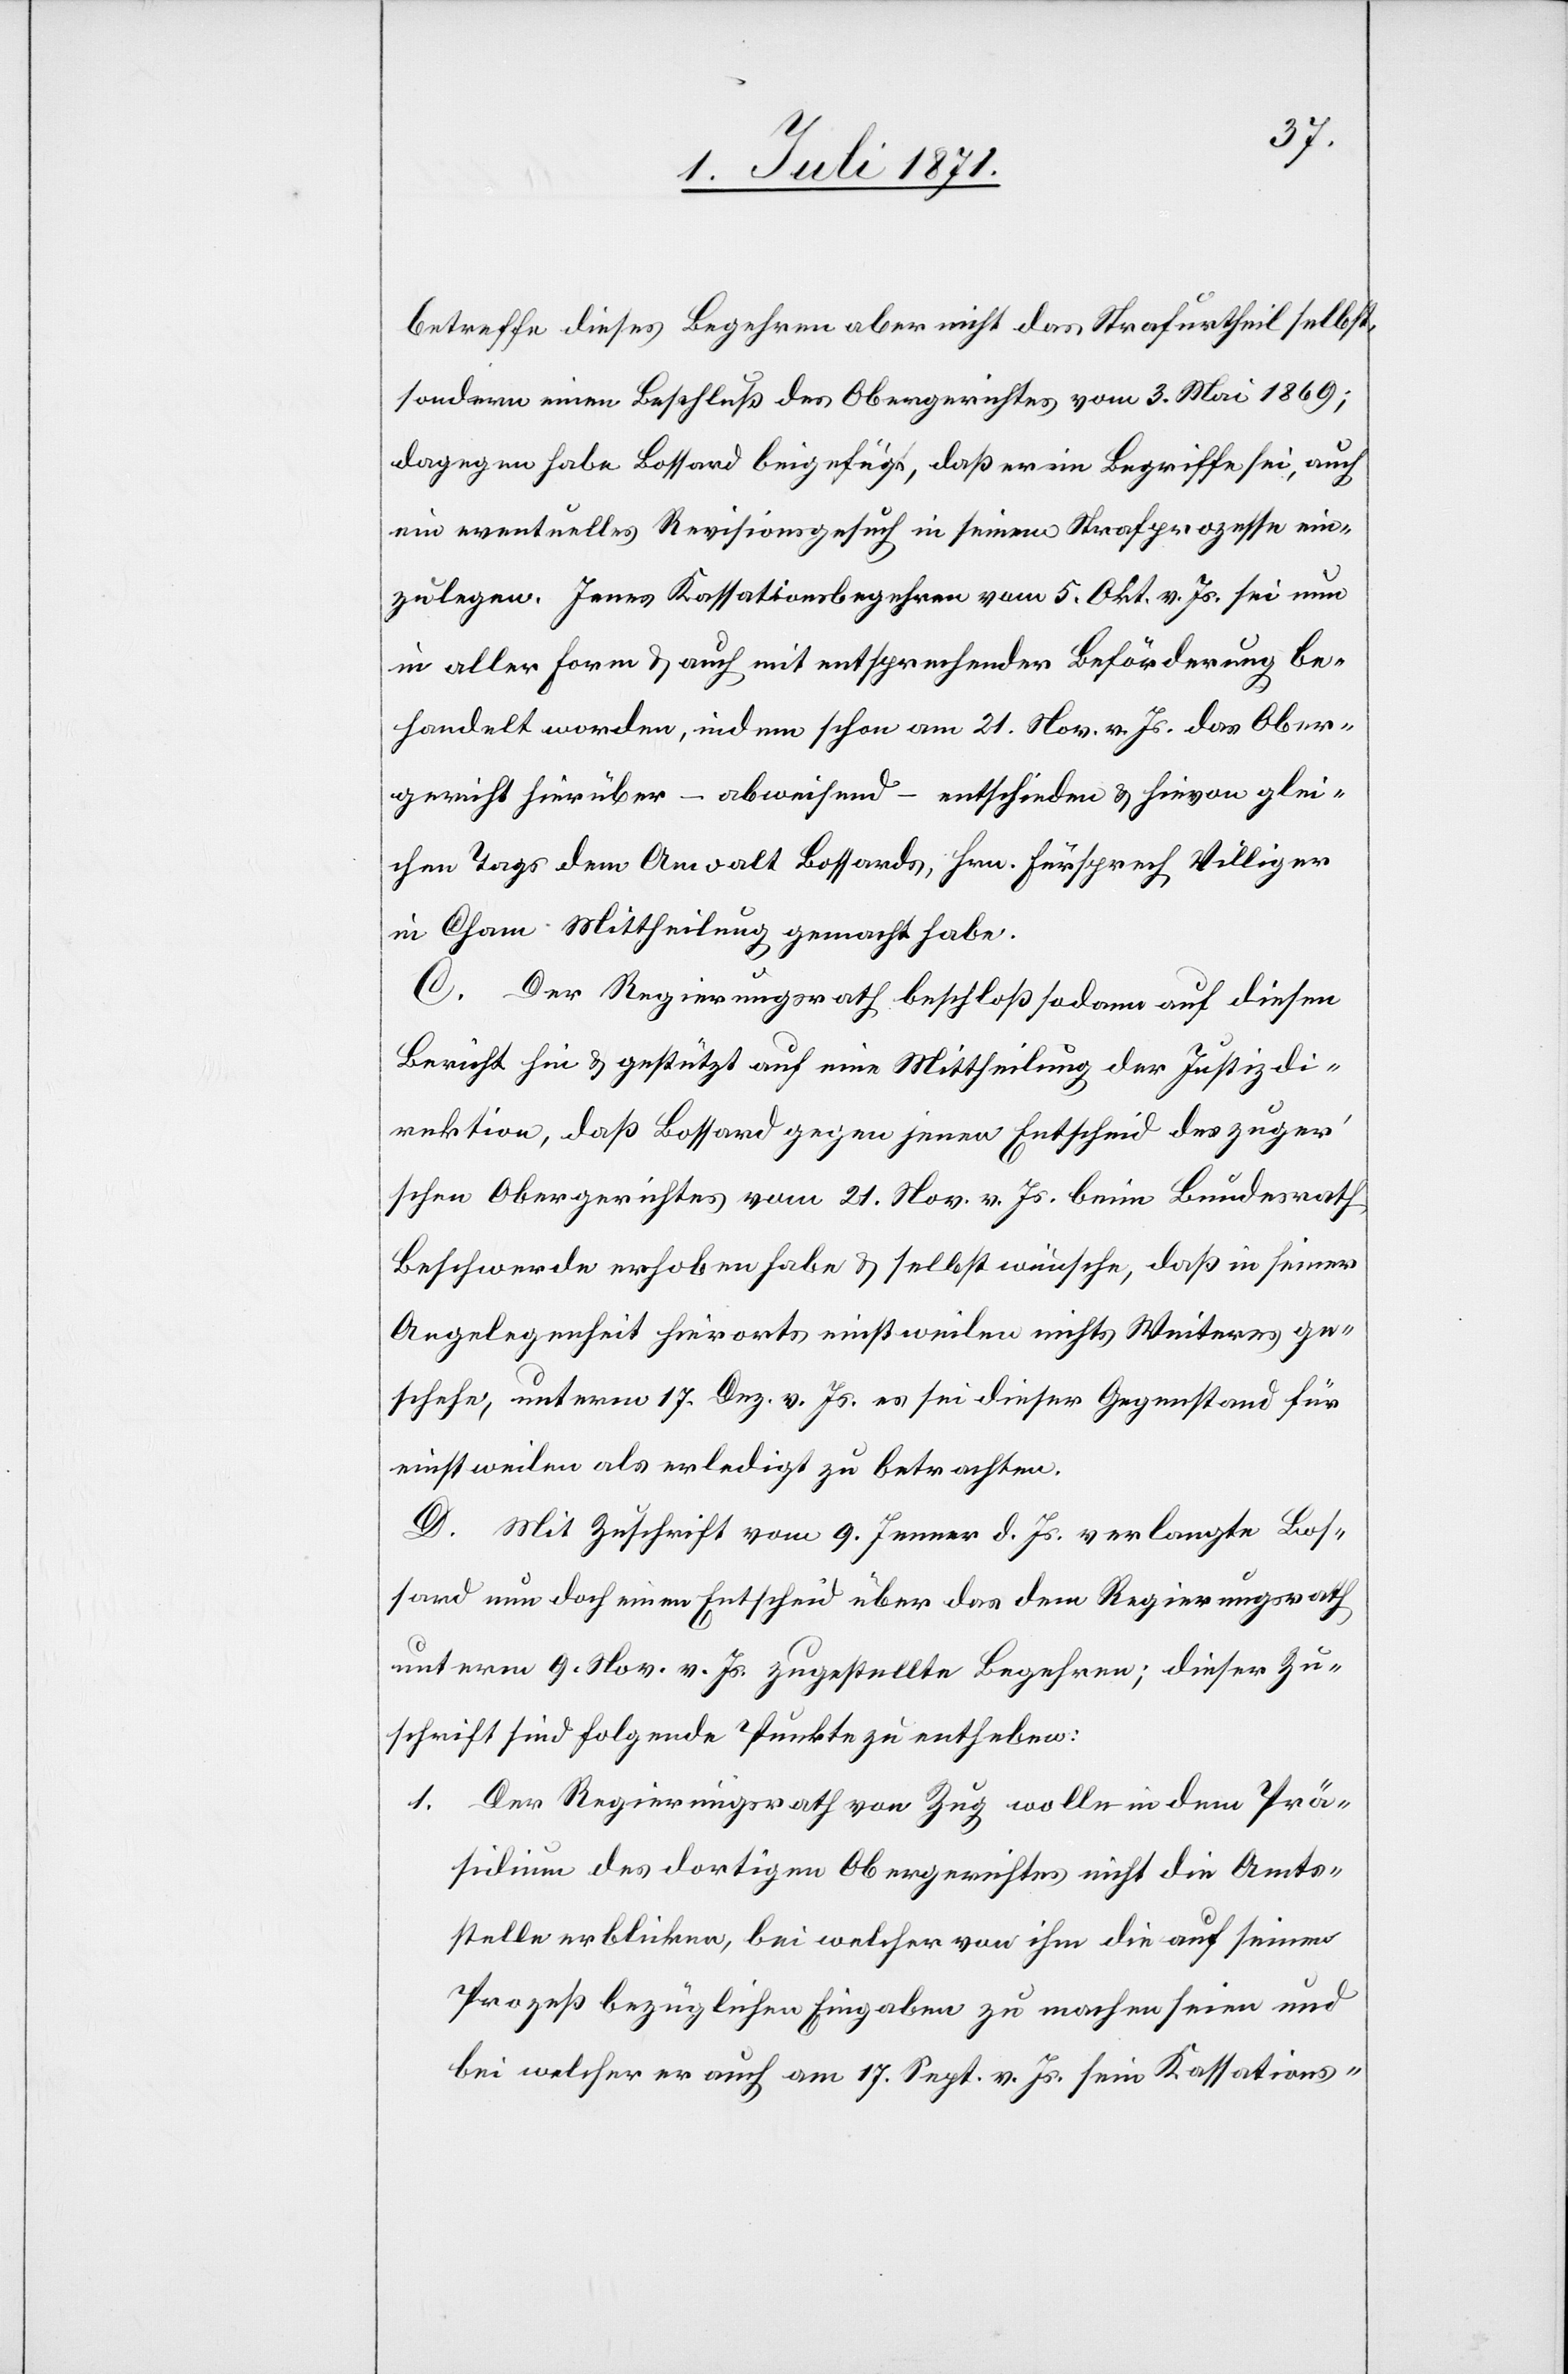
betreffe dieses Begehren aber nicht das Strafurtheil selbst,
sondern einen Beschluß des Obergerichtes vom 3. Mai 1869;
dagegen habe Bossard beigefügt, daß er im Begriffe sei, auch
ein eventuelles Revisionsgesuch in seinen Strafprozesse ein¬
zulegen. Jenes Kassationsbegehren vom 5. Okt. v. Js. sei nun
in aller Form u. auch mit entsprechender Beförderung be¬
handelt worden, indem schon am 21. Nov. v. Js. das Ober¬
gericht hierüber – abweisend – entschieden u. hievon glei¬
chen Tags dem Anwalt Bossards, Hrn. Fürsprech Villiger
in Cham Mittheilung gemacht habe.
C. Der Regierungsrath beschloß sodann auf diesen
Bericht hin u. gestützt auf eine Mittheilung der Justizdi¬
rektion, daß Bossard gegen jenen Entscheid des zuger’s¬
chen Obergerichtes vom 21. Nov. v. Js. beim Bundesrath
Beschwerde erhoben habe u. selbst wünsche, daß in seiner
Angelegenheit hierorts einstweilen nichts Weiteres ge¬
schehe, unterm 17. Dez. v. Js. es sei dieser Gegenstand für
einstweilen als erledigt zu betrachten.
D. Mit Zuschrift vom 9. Jenner d. Js. verlangte Bos¬
sard nun doch einen Entscheid über das dem Regierungsrath
unterm 9. Nov. v. Js. zugestellte Begehren; dieser Zu¬
schrift sind folgende Punkte zu entheben:
1. Der Regierungsrath von Zug wolle in dem Prä¬
sidium des dortigen Obergerichtes nicht die Amts¬
stelle erblicken, bei welcher von ihm die auf seinen
Prozeß bezüglichen Eingaben zu machen seien und
bei welcher er auch am 17. Sept. v. Js. sein Kassations-